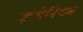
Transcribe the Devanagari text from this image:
इंजेनियम